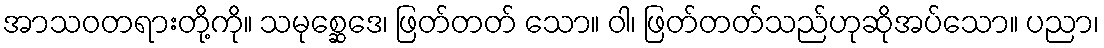
အာသဝတရားတို့ကို။ သမုစ္ဆေဒေ၊ ဖြတ်တတ် သော။ ဝါ၊ ဖြတ်တတ်သည်ဟုဆိုအပ်သော။ ပညာ၊